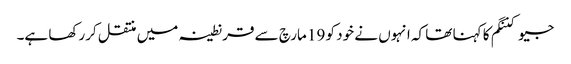
جیو کننگم کا کہنا تھا کہ انہوں نے خود کو 19 مارچ سے قرنطینہ میں منتقل کررکھا ہے۔